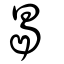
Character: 曷